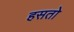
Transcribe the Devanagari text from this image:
हसतो